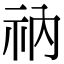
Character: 𫀃